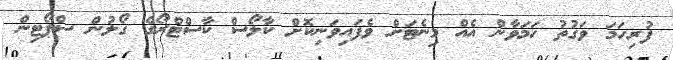
ފުރިހަމަ ވަގުތު ހަމަވާން އެއް މިނެޓަށް ވެފައިވަނިކޮށް ކާލޯސް ކާސްޓްރޯގެ ގޯލުން ސްޕޯޓިން